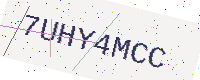
Text: 7UHY4MCC